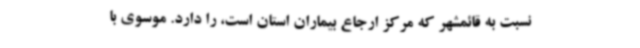
نسبت به قائمشهر که مرکز ارجاع بیماران استان است، را دارد. موسوی با